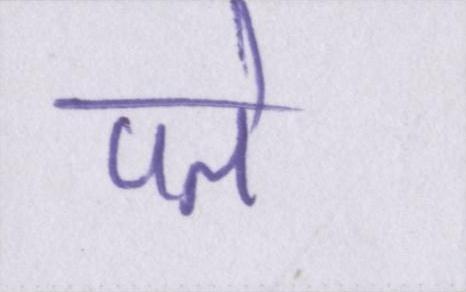
पते